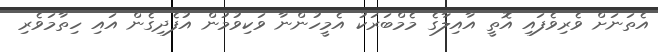
އެތަނަށް ވެރިވެފައި އޮތީ އާއިލާގެ މެމްބަރަކު އެމީހުންނާ ވަކިވުމުން އުފެދިގެން އައި ހިތާމަވެރި